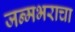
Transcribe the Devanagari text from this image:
जन्मभराचा